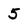
Character: 5